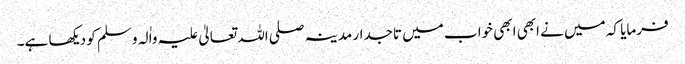
فرمایا کہ میں نے ابھی ابھی خواب میں تاجدار مدینہ صلی اللہ تعالیٰ علیہ واٰلہ وسلم کو دیکھا ہے۔